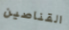
القناصين